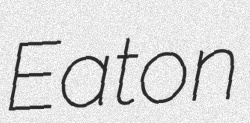
Eaton